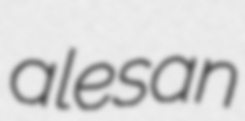
alesan